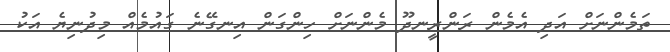
ތަމެންނަށް އަދި އެމެން ރަންރީނދޫ މެންނަށް ހިންގަން އިނގޭނެ ގައުމެއް މިދުނިޔެ އަކު